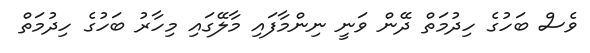
ވެސް ބަހުގެ ހިދުމަތް ދޭން ވަނީ ނިންމާފައި މާލޭގައި މިހާރު ބަހުގެ ހިދުމަތް